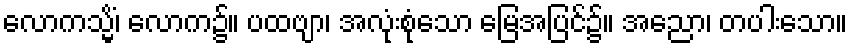
လောကသ္မိံ၊ လောက၌။ ပထဗျာ၊ အလုံးစုံသော မြေအပြင်၌။ အညော၊ တပါးသော။